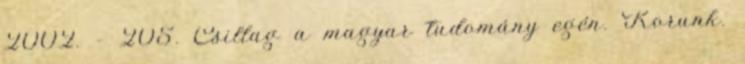
2002. – 205. Csillag a magyar tudomány egén. Korunk.